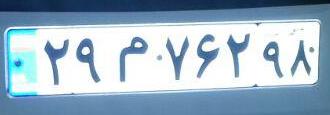
۲۹م۷۶۲۹۸